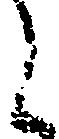
く